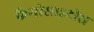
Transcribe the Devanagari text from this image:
फैगोसाइटोस